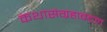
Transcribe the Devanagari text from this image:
कथासंग्रहाबद्दल